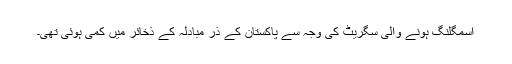
اسمگلنگ ہونے والی سگریٹ کی وجہ سے پاکستان کے ذرِ مبادلہ کے ذخائر میں کمی ہوئی تھی۔